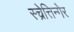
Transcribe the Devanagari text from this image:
स्च्रेत्तिन्गेर